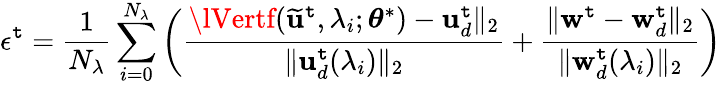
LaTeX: \epsilon^{\mathtt{t}}=\frac{{1}}{{N_{\lambda}}}\sum_{i=0}^{N_{\lambda}}\left(\frac{{\lVertf(\mathbf{{\widetilde{{u}}}}^{\mathtt{t}},\lambda_{i};\boldsymbol{\theta}^{*})-\mathbf{{u}}_{d}^{\mathtt{t}}\rVert_{2}}}{{\lVert\mathbf{{u}}_{d}^{\mathtt{t}}(\lambda_{i})\rVert_{2}}}+\frac{{\lVert\mathbf{{w}}^{\mathtt{t}}-\mathbf{{w}}_{d}^{\mathtt{t}}\rVert_{2}}}{{\lVert\mathbf{{w}}_{d}^{\mathtt{t}}(\lambda_{i})\rVert_{2}}}\right)